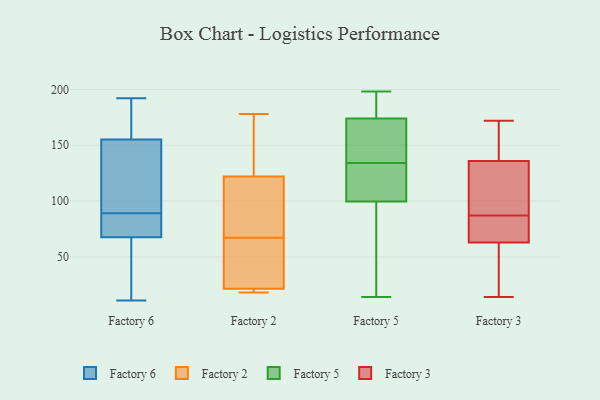
{"axis": {"x": "Gross Profit (USD K)", "y": "Value"}, "legend": ["Factory 2", "Factory 3", "Factory 5", "Factory 6"], "data": [{"x": "", "y": 160, "type": "Factory 6"}, {"x": "", "y": 85, "type": "Factory 6"}, {"x": "", "y": 190, "type": "Factory 6"}, {"x": "", "y": 27, "type": "Factory 6"}, {"x": "", "y": 192, "type": "Factory 6"}, {"x": "", "y": 88, "type": "Factory 6"}, {"x": "", "y": 91, "type": "Factory 6"}, {"x": "", "y": 84, "type": "Factory 6"}, {"x": "", "y": 69, "type": "Factory 6"}, {"x": "", "y": 174, "type": "Factory 6"}, {"x": "", "y": 64, "type": "Factory 6"}, {"x": "", "y": 90, "type": "Factory 6"}, {"x": "", "y": 58, "type": "Factory 6"}, {"x": "", "y": 147, "type": "Factory 6"}, {"x": "", "y": 159, "type": "Factory 6"}, {"x": "", "y": 11, "type": "Factory 6"}, {"x": "", "y": 66, "type": "Factory 6"}, {"x": "", "y": 151, "type": "Factory 6"}, {"x": "", "y": 88, "type": "Factory 6"}, {"x": "", "y": 91, "type": "Factory 6"}, {"x": "", "y": 67, "type": "Factory 2"}, {"x": "", "y": 19, "type": "Factory 2"}, {"x": "", "y": 113, "type": "Factory 2"}, {"x": "", "y": 85, "type": "Factory 2"}, {"x": "", "y": 154, "type": "Factory 2"}, {"x": "", "y": 20, "type": "Factory 2"}, {"x": "", "y": 26, "type": "Factory 2"}, {"x": "", "y": 178, "type": "Factory 2"}, {"x": "", "y": 27, "type": "Factory 2"}, {"x": "", "y": 125, "type": "Factory 2"}, {"x": "", "y": 18, "type": "Factory 2"}, {"x": "", "y": 160, "type": "Factory 5"}, {"x": "", "y": 114, "type": "Factory 5"}, {"x": "", "y": 14, "type": "Factory 5"}, {"x": "", "y": 155, "type": "Factory 5"}, {"x": "", "y": 127, "type": "Factory 5"}, {"x": "", "y": 172, "type": "Factory 5"}, {"x": "", "y": 93, "type": "Factory 5"}, {"x": "", "y": 106, "type": "Factory 5"}, {"x": "", "y": 43, "type": "Factory 5"}, {"x": "", "y": 119, "type": "Factory 5"}, {"x": "", "y": 197, "type": "Factory 5"}, {"x": "", "y": 189, "type": "Factory 5"}, {"x": "", "y": 141, "type": "Factory 5"}, {"x": "", "y": 198, "type": "Factory 5"}, {"x": "", "y": 145, "type": "Factory 5"}, {"x": "", "y": 186, "type": "Factory 5"}, {"x": "", "y": 176, "type": "Factory 5"}, {"x": "", "y": 88, "type": "Factory 5"}, {"x": "", "y": 117, "type": "Factory 5"}, {"x": "", "y": 68, "type": "Factory 5"}, {"x": "", "y": 53, "type": "Factory 3"}, {"x": "", "y": 160, "type": "Factory 3"}, {"x": "", "y": 14, "type": "Factory 3"}, {"x": "", "y": 66, "type": "Factory 3"}, {"x": "", "y": 134, "type": "Factory 3"}, {"x": "", "y": 134, "type": "Factory 3"}, {"x": "", "y": 94, "type": "Factory 3"}, {"x": "", "y": 141, "type": "Factory 3"}, {"x": "", "y": 32, "type": "Factory 3"}, {"x": "", "y": 87, "type": "Factory 3"}, {"x": "", "y": 172, "type": "Factory 3"}, {"x": "", "y": 72, "type": "Factory 3"}, {"x": "", "y": 77, "type": "Factory 3"}]}